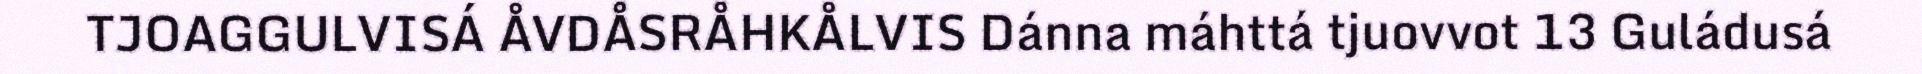
TJOAGGULVISÁ ÅVDÅSRÅHKÅLVIS Dánna máhttá tjuovvot 13 Guládusá